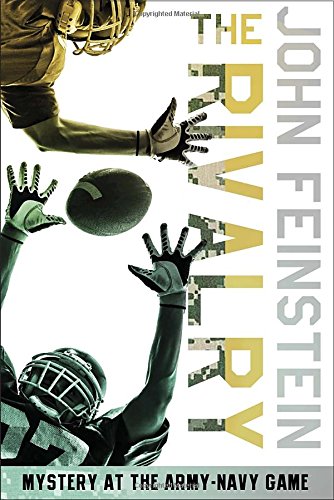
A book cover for The Rivalry: Mystery at the Army-Navy Game (The Sports Beat, 5); John Feinstein; Children's Books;